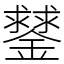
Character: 䥭